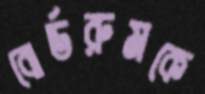
বোর্ডরুমকে